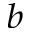
^ b